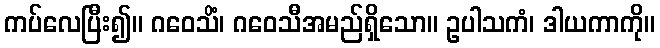
ကပ်လေပြီး၍။ ဂဝေသိံ၊ ဂဝေသီအမည်ရှိသော။ ဥပါသကံ၊ ဒါယကာကို။